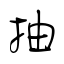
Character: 抽